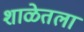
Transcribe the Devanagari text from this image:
शाळेतला